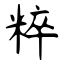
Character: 粹